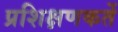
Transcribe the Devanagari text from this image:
प्रशिक्षणकर्ते